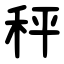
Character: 秤